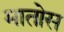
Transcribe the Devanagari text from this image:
मातोस